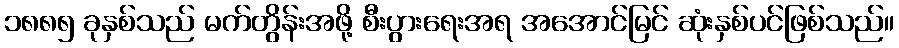
၁၈၈၅ ခုနှစ်သည် မက်တွိန်းအဖို့ စီးပွားရေးအရ အအောင်မြင် ဆုံးနှစ်ပင်ဖြစ်သည်။